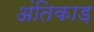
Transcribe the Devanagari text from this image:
अंतिकाड़